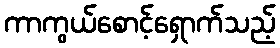
ကာကွယ်စောင့်ရှောက်သည့်